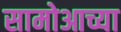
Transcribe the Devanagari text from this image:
सामोआच्या